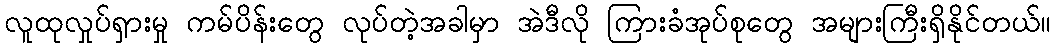
လူထုလှုပ်ရှားမှု ကမ်ပိန်းတွေ လုပ်တဲ့အခါမှာ အဲဒီလို ကြားခံအုပ်စုတွေ အများကြီးရှိနိုင်တယ်။